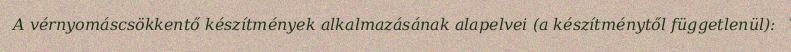
A vérnyomáscsökkentő készítmények alkalmazásának alapelvei (a készítménytől függetlenül):